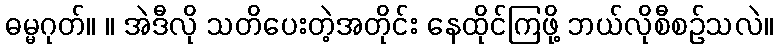
ဓမ္မဂုတ်။ ။ အဲဒီလို သတိပေးတဲ့အတိုင်း နေထိုင်ကြဖို့ ဘယ်လိုစီစဉ်သလဲ။